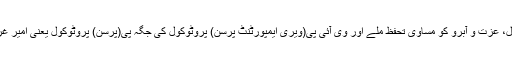
کيوں نہیں ایسے اقدامات کیے جاتے کہ غریب اور امیر کے جان،مال، عزت و آبرو کو مساوی تحفظ ملے اور وی آئی پی(ویری ایمپورٹنٹ پرسن) پروٹوکول کی جگہ پی(پرسن) پروٹوکول یعنی امیر غریب کو برابر اور سب سے بڑھ کر انسانیت کو پروٹوکول حاصل ہو۔